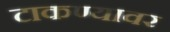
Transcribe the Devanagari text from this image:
टाकण्यावर